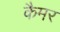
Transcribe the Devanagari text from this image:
कैमर